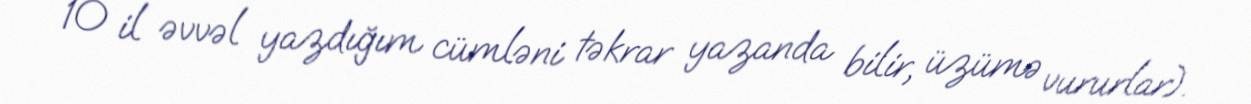
10 il əvvəl yazdığım cümləni təkrar yazanda bilir, üzümə vururlar).